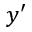
y ^ { \prime }